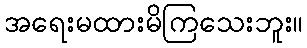
အရေးမထားမိကြသေးဘူး။